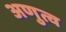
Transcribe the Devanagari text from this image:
अणुत्व